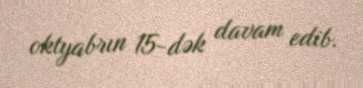
oktyabrın 15-dək davam edib.